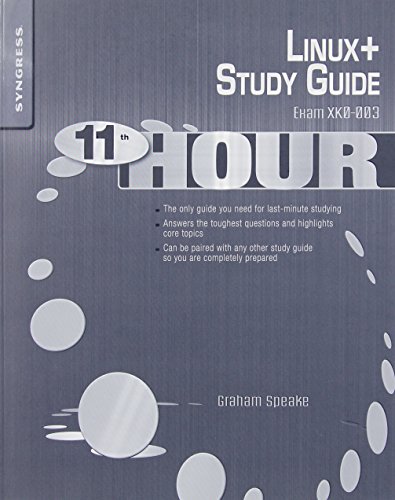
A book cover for Eleventh Hour Linux+: Exam XK0-003 Study Guide; Graham Speake; Computers & Technology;